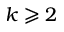
k \geqslant 2